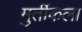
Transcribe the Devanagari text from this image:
मुर्तीकला